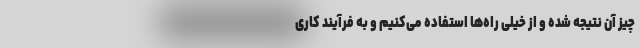
چیز آن نتیجه شده و از خیلی راه‌ها استفاده می‌کنیم و به فرآیند کاری